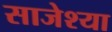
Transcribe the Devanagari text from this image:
साजेश्या